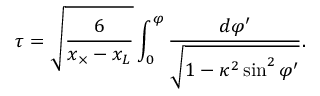
\tau = \sqrt { \frac 6 { x _ { \times } - x _ { L } } } \int _ { 0 } ^ { \varphi } \frac { d \varphi ^ { \prime } } { \sqrt { 1 - \kappa ^ { 2 } \sin ^ { 2 } \varphi ^ { \prime } } } .